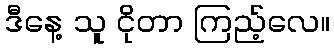
ဒီနေ့ သူ ငိုတာ ကြည့်လေ။